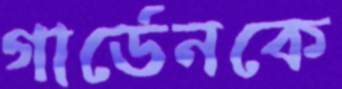
গার্ডেনকে